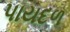
પાયદળ